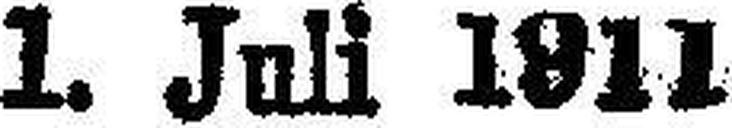
1. Juli 1911